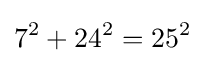
7^{2}+24^{2}=25^{2}